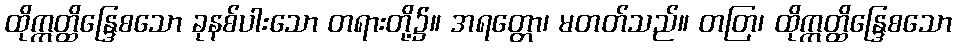
ထိုဣတ္ထိန္ဒြေစသော ခုနစ်ပါးသော တရားတို့၌။ အရတ္တော၊ မတတ်သည်။ တတြ၊ ထိုဣတ္ထိန္ဒြေစသော